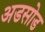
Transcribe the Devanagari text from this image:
अडसोड